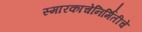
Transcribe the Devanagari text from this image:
स्मारकाचेनिर्मितीचे